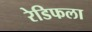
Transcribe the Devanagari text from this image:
रेडिफला